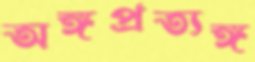
অঙ্গপ্রত্যঙ্গ